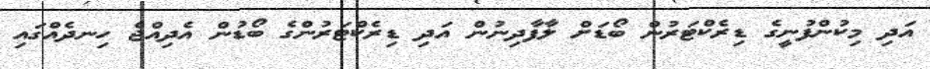
އަދި މިކުންފުނީގެ ޑިރެކްޓަރުން ބޯޑަށް ލާފާދިނުން އަދި ޑިރެކްޓަރުންގެ ބޯޑުން އެދިއްޖެ ހިނދެއްގައި